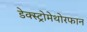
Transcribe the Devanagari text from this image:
डेक्स्ट्रोमेथोरफान